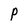
Character: P